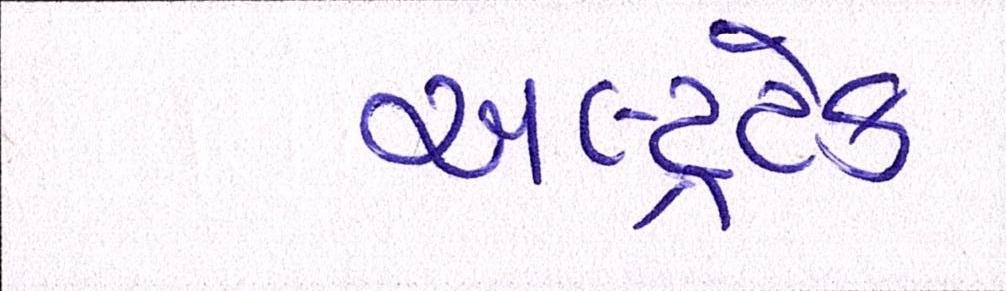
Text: અલ્ટ્રાટેક